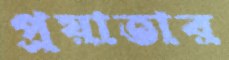
প্রয়াতার